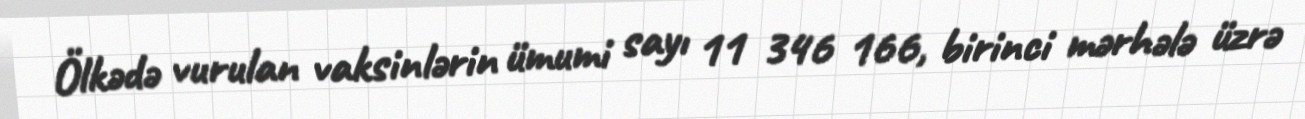
Ölkədə vurulan vaksinlərin ümumi sayı 11 346 166, birinci mərhələ üzrə